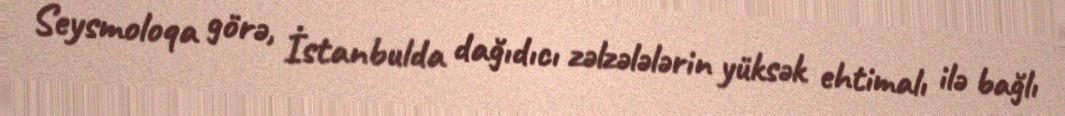
Seysmoloqa görə, İstanbulda dağıdıcı zəlzələlərin yüksək ehtimalı ilə bağlı